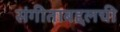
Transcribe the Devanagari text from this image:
संगीताबद्दलची